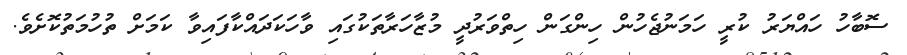
ސޮބާހު ހައްޔަރު ކުރީ ހަމަނުޖެހުން ހިންގަން ހިތްވަރުދީ މުޒާހަރާތަކުގައި ވާހަކަދައްކާފައިވާ ކަމަށް ތުހުމަތުކޮށެވެ.